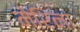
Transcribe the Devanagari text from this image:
मेरिना